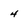
Character: 4